Lunatic asylums Central Provinces reports 1874-1885 - 1874-1885
Year: 1874
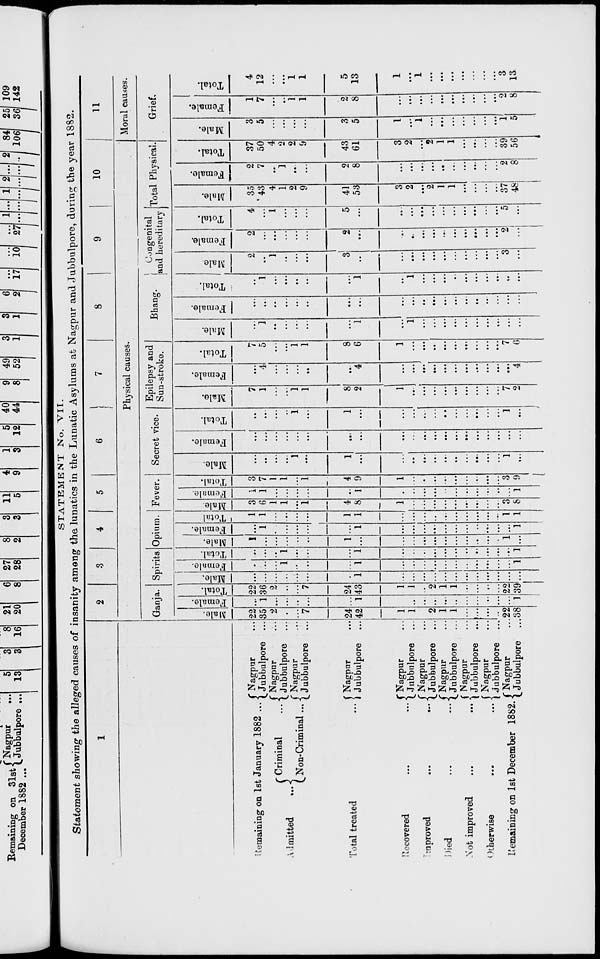
STATEMENT No. VII.
Statement showing the alleged causes of insanity among the lunatics in the Lunatic Asylums at Nagpur and Jubbulpore, during the year 1882.
1
Remaining on 1st January 1882 ...
Admitted
...
Criminal
...
Non-Criminal ...
Total treated ...
Recovered
...
...
Improved
...
...
Died
...
...
Not improved
...
...
Otherwise
...
...
Remaining on 1st December 1882.
Nagpur...
Jubbulpore ...
Nagpur ...
Jubbulpore ...
Nagpur ...
Jubbulpore ...
Nagpur ...
Jubbulpore ...
Nagpur ...
Jubbulpore ...
Nagpur ...
Jubbulpore ...
Nagpur ...
Jubbulpore ...
Nagpur ...
Jubbulpore ...
Nagpur ...
Jubbulpore
...
Nagpur ...
Jubbulpore ...
2
3
4
5
6
7
8
9
10
Physical causes.
Ganja.
Male.
22
35
2
...
...
7
24
42
1
1
...
2
1
1
...
...
...
...
22
38
Female.
...
1
...
...
...
...
...
1
...
...
...
...
...
...
...
...
...
...
...
1
Total.
22
36
2
...
...
7
24
43
1
1
...
2
1
1
...
...
...
...
22
39
Spirits.
Male.
...
...
...
...
...
...
...
1
...
...
...
...
...
...
...
...
...
...
...
...
Female.
...
...
...
1
...
...
...
1
...
...
...
...
...
...
...
...
...
...
...
1
Total.
...
...
...
1
...
...
...
1
...
...
...
...
...
...
...
...
...
...
...
1
Opium.
Male.
1
...
...
...
...
...
1
...
...
...
...
...
...
...
...
...
...
...
1
...
Female.
...
1
...
...
...
...
...
1
...
...
...
...
...
...
...
...
...
...
...
1
Total
1
1
...
...
...
...
1
1
...
...
...
...
...
...
...
...
...
...
1
1
Fever.
Male.
3
6
1
1
...
1
4
8
1
...
...
...
...
...
...
...
...
...
3
8
Female.
1
1
...
...
...
...
...
1
...
...
...
...
...
...
...
...
...
...
...
1
Total.
3
7
1
1
...
1
4
9
1
...
...
...
...
...
...
...
...
...
3
9
Secret vice.
Male.
...
...
...
...
1
...
1
...
...
...
...
...
...
...
...
...
...
...
1
...
Female.
...
...
...
...
...
...
...
...
...
...
...
...
...
...
...
...
...
...
...
...
Total.
...
...
...
...
1
...
1
...
...
...
...
...
...
...
...
...
...
...
1
...
Epilepsy and
Sun-stroke.
Male.
7
1
...
...
1
1
8
2
1
...
...
...
...
...
...
...
...
...
7
2
Female.
...
4
...
...
...
...
...
4
...
...
...
...
...
...
...
...
...
...
...
4
Total.
7
5
...
...
1
1
8
6
1
...
...
...
...
...
...
...
...
...
7
6
Bhang.
Male.
...
1
...
...
...
...
...
1
...
1
...
...
...
...
...
...
...
...
...
...
Female.
...
...
...
...
...
...
...
...
...
...
...
...
...
...
...
...
...
...
...
...
Total.
...
1
...
...
...
...
...
1
...
1
...
...
...
...
...
...
...
...
...
...
Congenital
and hereditary
Male.
2
...
1
...
...
...
3
...
...
...
...
...
...
...
...
...
...
...
3
...
Female.
2
...
...
...
...
...
2
...
...
...
...
...
...
...
...
...
...
...
2
...
Total.
4
...
1
...
...
...
5
...
...
...
...
...
...
...
...
...
...
...
5
...
Total Physical.
Male.
35
43
4
1
2
9
41
53
3
2
...
2
1
1
...
...
...
...
37
48
Female.
2
7
...
1
...
...
2
8
...
...
...
...
...
...
...
...
...
...
2
8
Total.
37
50
4
2
2
9
43
61
3
2
...
2
1
1
...
...
...
...
39
56
11
Moral causes.
Grief.
Male.
3
5
...
...
...
...
3
5
1
...
1
...
...
...
...
...
...
...
1
5
Female.
1
7
...
...
1
1
2
8
...
...
...
...
...
...
...
...
...
...
2
8
Total.
4
12
...
...
1
1
5
13
1
...
1
...
...
...
...
...
...
...
3
13